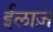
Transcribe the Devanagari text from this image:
ईलाज़